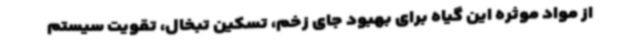
از مواد موثره این گیاه برای بهبود جای زخم، تسکین تبخال، تقویت سیستم